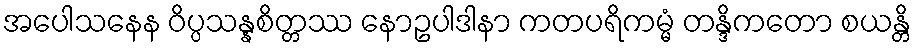
အပေါသနေန ဝိပ္ပသန္နစိတ္တဿ နောဥပါဒါနာ ကတပရိကမ္မံ တန္ဒိကတော စယန္တိ